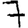
Digit: 7